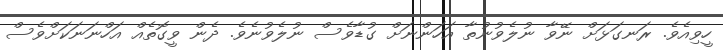
ހީވިއެވެ. ރަނގަޅަށް ނޭވާ ނުލެވުނުތާ އަހަންނަށް ގުޑާވެސް ނުލެވުނެވެ. ދެން ވީގޮތެއް އަހްނަނަކަށްވެސް